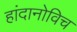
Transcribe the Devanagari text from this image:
हांदानोविच